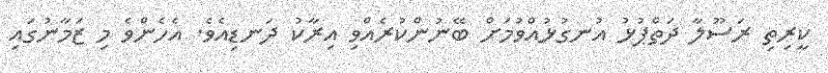
ކީރިތި ރަސޫލާ ދަތްޕުޅު އުނގުޅުއްވުމަށް ބޭނުންކުރެއްވި އިރާކު ދަނޑިއެވެ. އެހެންވެ މި ޒަމާނުގައި